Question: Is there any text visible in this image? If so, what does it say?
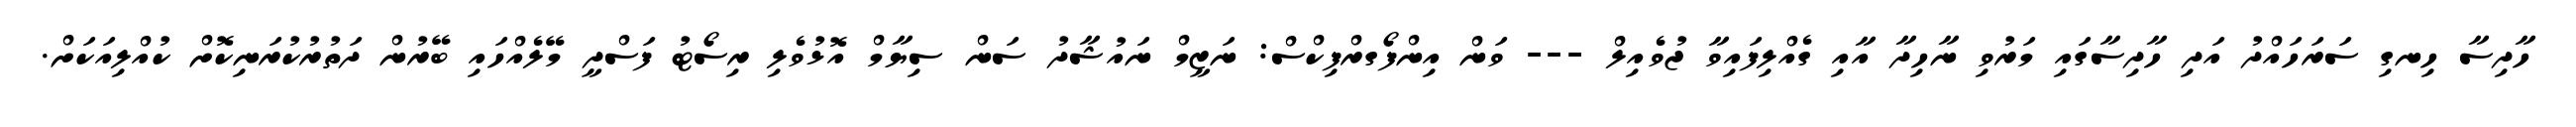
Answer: ހާދިސާ ހިނގި ސަރަހައްދު އަދި ހާދިސާގައި މަރުވި ނާހިދާ އާއި ގެއްލިފައިވާ ޖުވެއިލް --- ވަން އިންފޯގރްފިކްސް: ނަޒީމް ނައުޝާދު ސަން ސިޔާމް އޮޅުވެލި ރިސޯޓު ފަސްދީ މޭލެއްހައި ބޭރުން ދަތުރުކުރަނިކޮށް ކުއްލިއަކަށް.